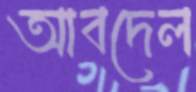
আবদেল